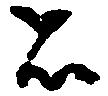
者